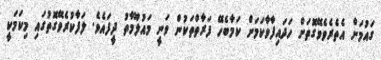
ގައުމަށް އެތެރެވެވޭގޮތަށް ހަދައިފާވާކަމަށް ކަމާބެހޭ ފަރާތްތަކުން ވަނީ މައުލޫމާތު ދީފައެވެ. ލަފާކުރެވޭގޮތުގައި މިކަމަކީ